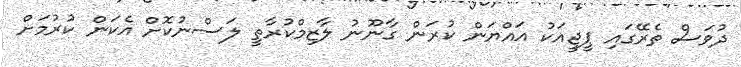
ދުވަސް ތެރޭގައި ޕީޖީއަކު އައްޔަން ކުރަން ގާނޫނު ލާޒިމްކުރާތީ ލަސްނުކޮށް އެކަން ކުރުމަށް